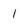
Character: 1